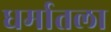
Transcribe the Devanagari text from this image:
धर्मातला